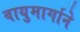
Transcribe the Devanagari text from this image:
वायुमार्गाने